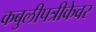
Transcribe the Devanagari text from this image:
कबुलीपत्रीकेवर